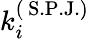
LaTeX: k_{i}^{(\, \mathrm{S.P.J.})}